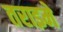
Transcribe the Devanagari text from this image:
तराइमे